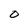
Character: 0